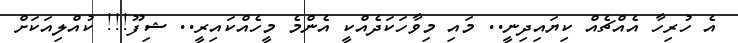
އެ ހުރިހާ އެއްޗެއް ކިޔައިދިނީ.. މައި މިވާހަކަދެއްކީ އެންމެ މީހެއްކައިރީ.. ޝިފޫ!!! ކުއްލިއަކަށް